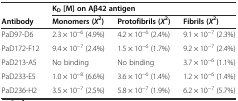
|  | <COLSPAN=3> KD[M] on Aβ42 antigen |
 | Antibody | Monomers (X2) | Protofibrils (X2) | Fibrils (X2) |
 | --- | --- | --- | --- |
 | PaD97-D6 | 2.3 × 10−6 (4.9%) | 4.2 × 10−6 (2.4%) | 9.1 × 10−7 (2.3%) |
 | PaD172-F12 | 9.4 × 10−7 (2.4%) | 1.5 × 10−6 (1.7%) | 9.2 × 10−7 (2.4%) |
 | PaD213-A5 | No binding | No binding | 3.7 × 10−6 (1.1%) |
 | PaD233-E5 | 1.0 × 10−8 (6.6%) | 3.6 × 10−6 (1.4%) | 1.2 × 10−6 (1.4%) |
 | PaD236-H2 | 3.5 × 10−7 (2.5%) | 5.8 × 10−7 (1.9%) | 6.2 × 10−7 (5.7%) |